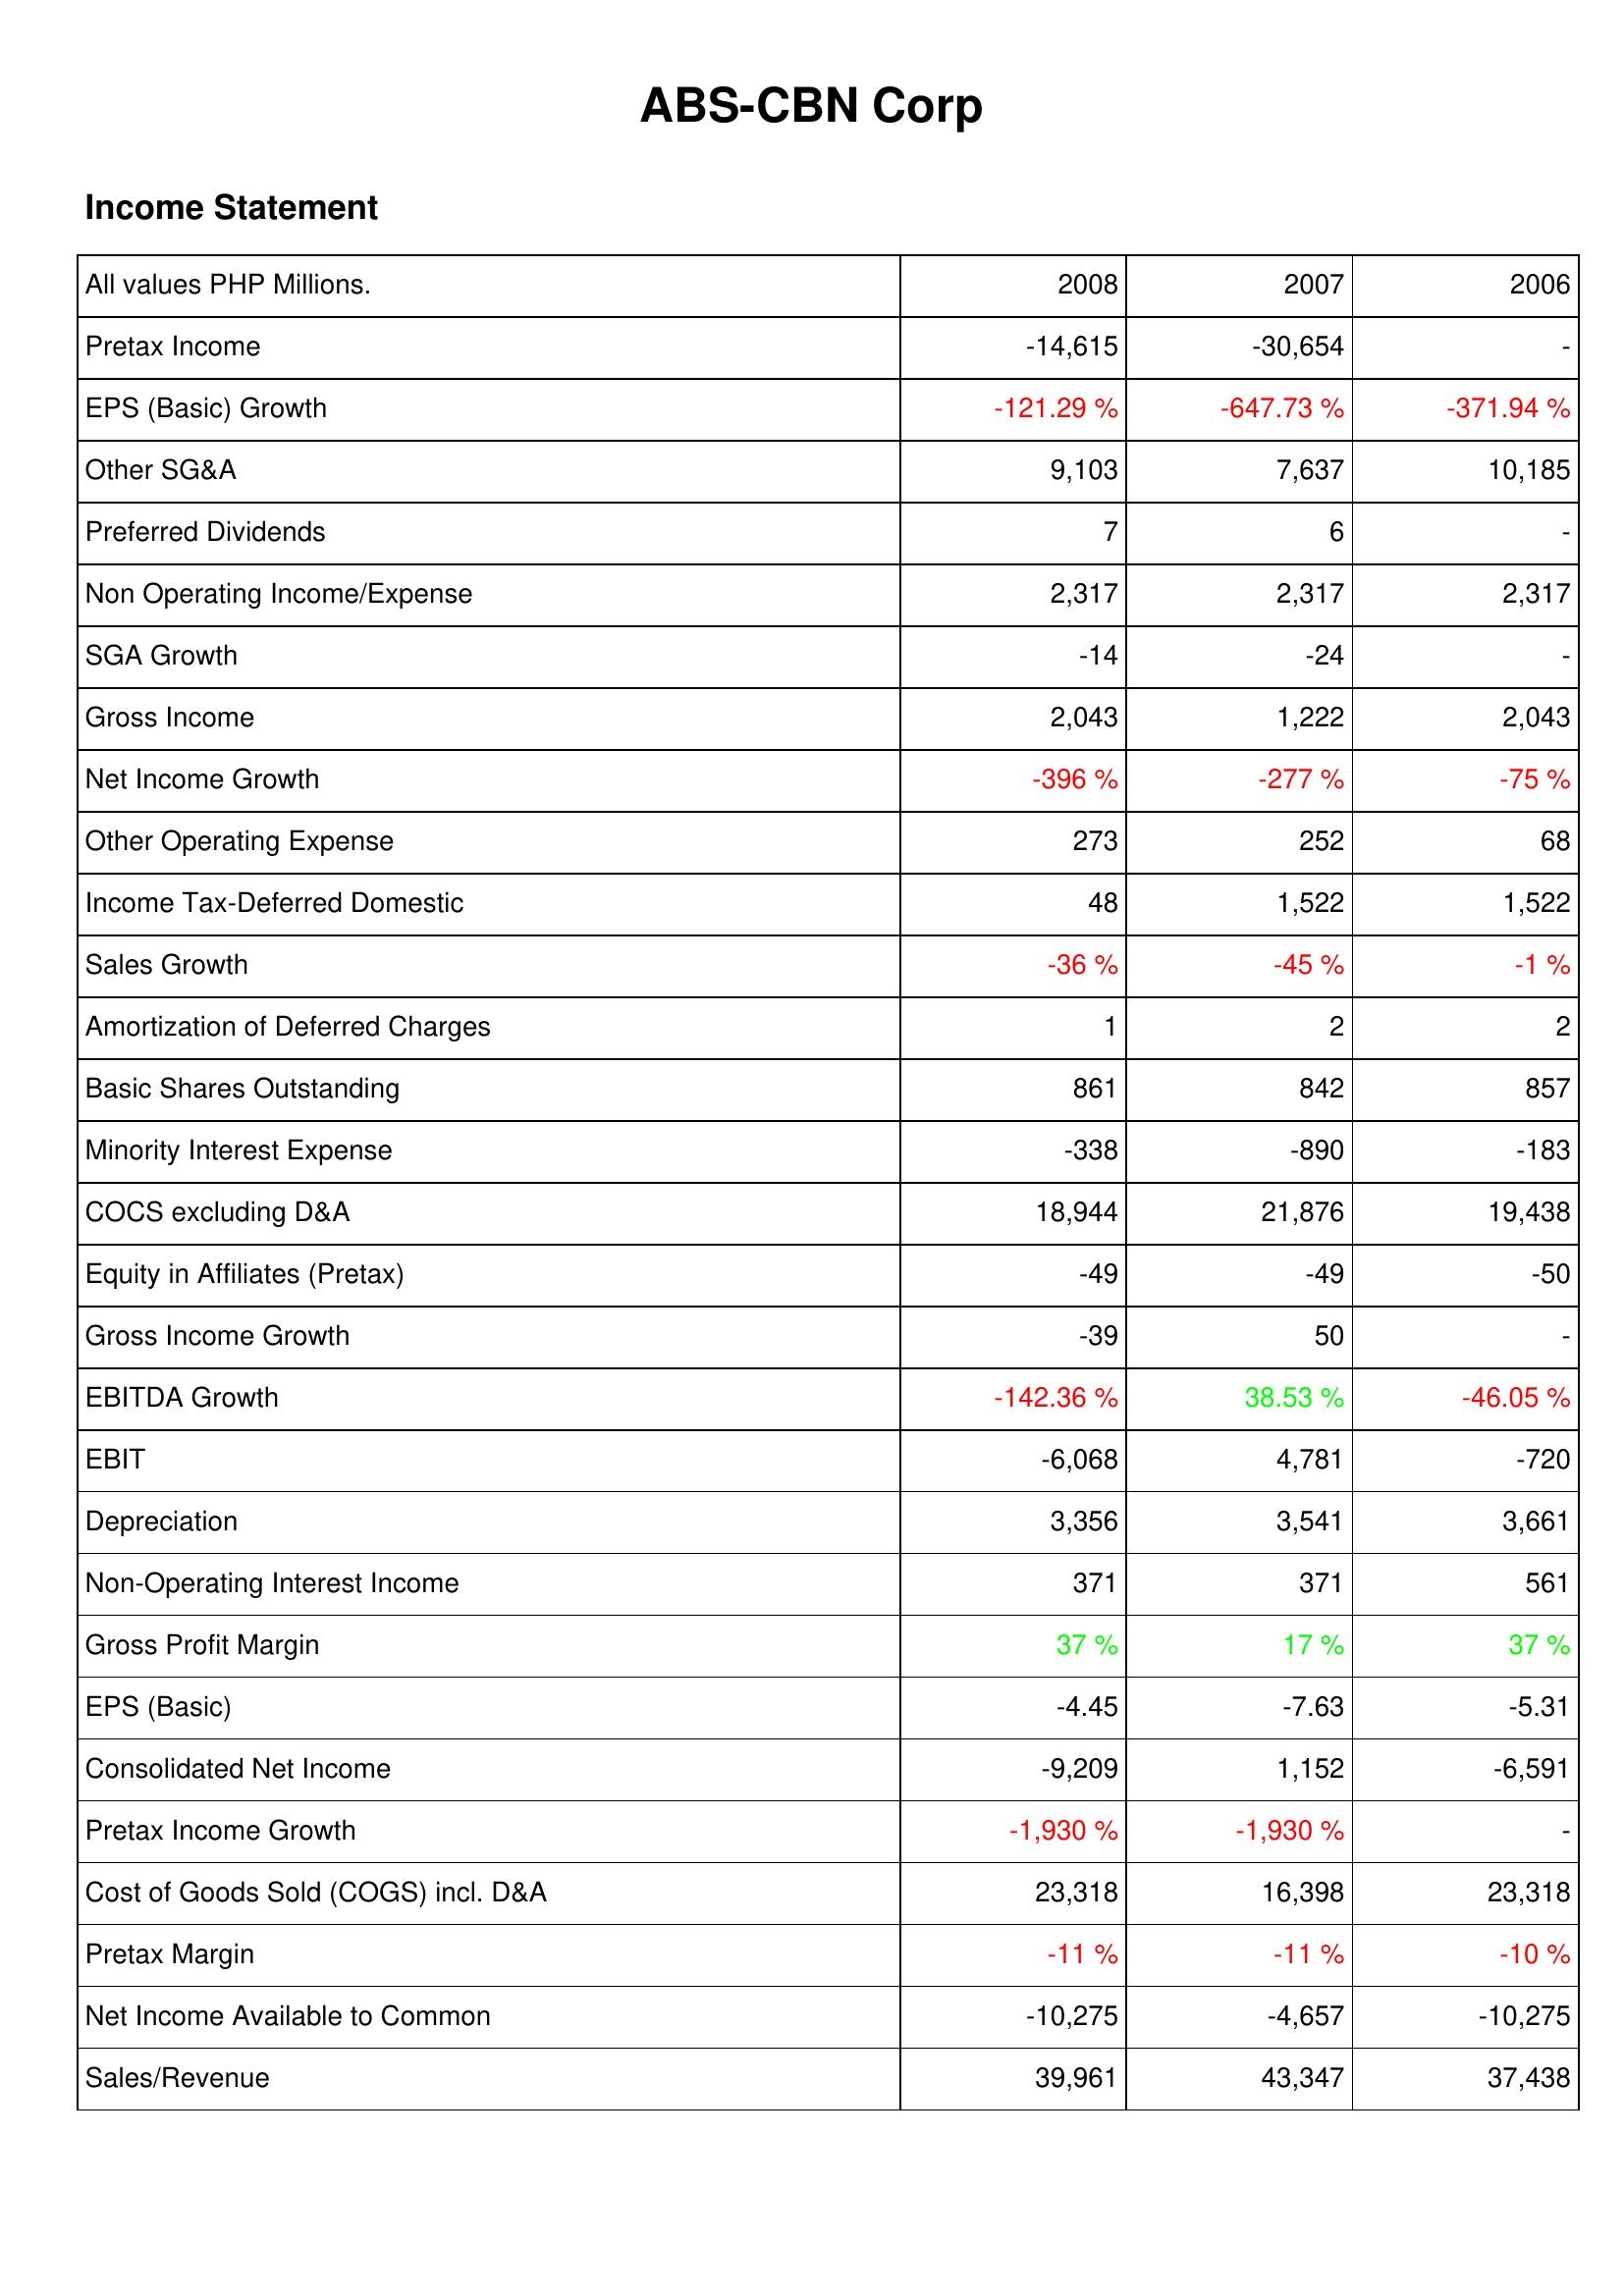
2008: Income Statement: Pretax Income: -14,615
EPS (Basic) Growth: -121.29 %
Other SG&A: 9,103
Preferred Dividends: 7
Non Operating Income/Expense: 2,317
SGA Growth: -14
Gross Income: 2,043
Net Income Growth: -396 %
Other Operating Expense: 273
Income Tax-Deferred Domestic: 48
Sales Growth: -36 %
Amortization of Deferred Charges: 1
Basic Shares Outstanding: 861
Minority Interest Expense: -338
COCS excluding D&A: 18,944
Equity in Affiliates (Pretax): -49
Gross Income Growth: -39
EBITDA Growth: -142.36 %
EBIT: -6,068
Depreciation: 3,356
Non-Operating Interest Income: 371
Gross Profit Margin: 37 %
EPS (Basic): -4.45
Consolidated Net Income: -9,209
Pretax Income Growth: -1,930 %
Cost of Goods Sold (COGS) incl. D&A: 23,318
Pretax Margin: -11 %
Net Income Available to Common: -10,275
Sales/Revenue: 39,961
2007: Income Statement: Pretax Income: -30,654
EPS (Basic) Growth: -647.73 %
Other SG&A: 7,637
Preferred Dividends: 6
Non Operating Income/Expense: 2,317
SGA Growth: -24
Gross Income: 1,222
Net Income Growth: -277 %
Other Operating Expense: 252
Income Tax-Deferred Domestic: 1,522
Sales Growth: -45 %
Amortization of Deferred Charges: 2
Basic Shares Outstanding: 842
Minority Interest Expense: -890
COCS excluding D&A: 21,876
Equity in Affiliates (Pretax): -49
Gross Income Growth: 50
EBITDA Growth: 38.53 %
EBIT: 4,781
Depreciation: 3,541
Non-Operating Interest Income: 371
Gross Profit Margin: 17 %
EPS (Basic): -7.63
Consolidated Net Income: 1,152
Pretax Income Growth: -1,930 %
Cost of Goods Sold (COGS) incl. D&A: 16,398
Pretax Margin: -11 %
Net Income Available to Common: -4,657
Sales/Revenue: 43,347
2006: Income Statement: Pretax Income: -
EPS (Basic) Growth: -371.94 %
Other SG&A: 10,185
Preferred Dividends: -
Non Operating Income/Expense: 2,317
SGA Growth: -
Gross Income: 2,043
Net Income Growth: -75 %
Other Operating Expense: 68
Income Tax-Deferred Domestic: 1,522
Sales Growth: -1 %
Amortization of Deferred Charges: 2
Basic Shares Outstanding: 857
Minority Interest Expense: -183
COCS excluding D&A: 19,438
Equity in Affiliates (Pretax): -50
Gross Income Growth: -
EBITDA Growth: -46.05 %
EBIT: -720
Depreciation: 3,661
Non-Operating Interest Income: 561
Gross Profit Margin: 37 %
EPS (Basic): -5.31
Consolidated Net Income: -6,591
Pretax Income Growth: -
Cost of Goods Sold (COGS) incl. D&A: 23,318
Pretax Margin: -10 %
Net Income Available to Common: -10,275
Sales/Revenue: 37,438